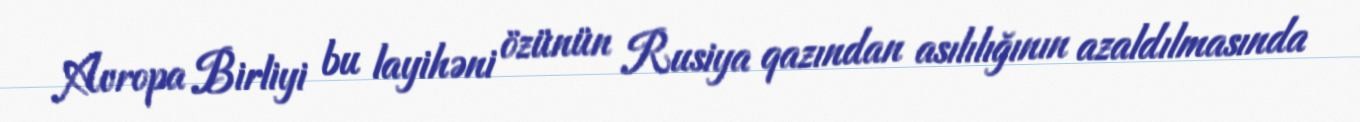
Avropa Birliyi bu layihəni özünün Rusiya qazından asılılığının azaldılmasında